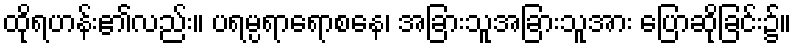
ထိုရဟန်း၏လည်း။ ပရမ္ပရာရောစနေ၊ အခြားသူအခြားသူအား ပြောဆိုခြင်း၌။